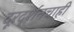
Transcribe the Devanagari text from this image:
दूरदर्शनचाही